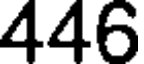
446